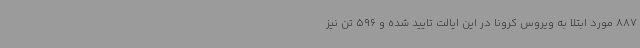
887 مورد ابتلا به ویروس کرونا در این ایالت تایید شده و 596 تن نیز